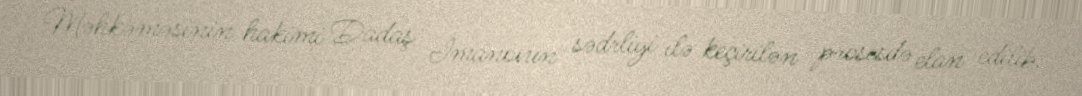
Məhkəməsinin hakimi Dadaş İmanovun sədrliyi ilə keçirilən prosesdə elan edilib.